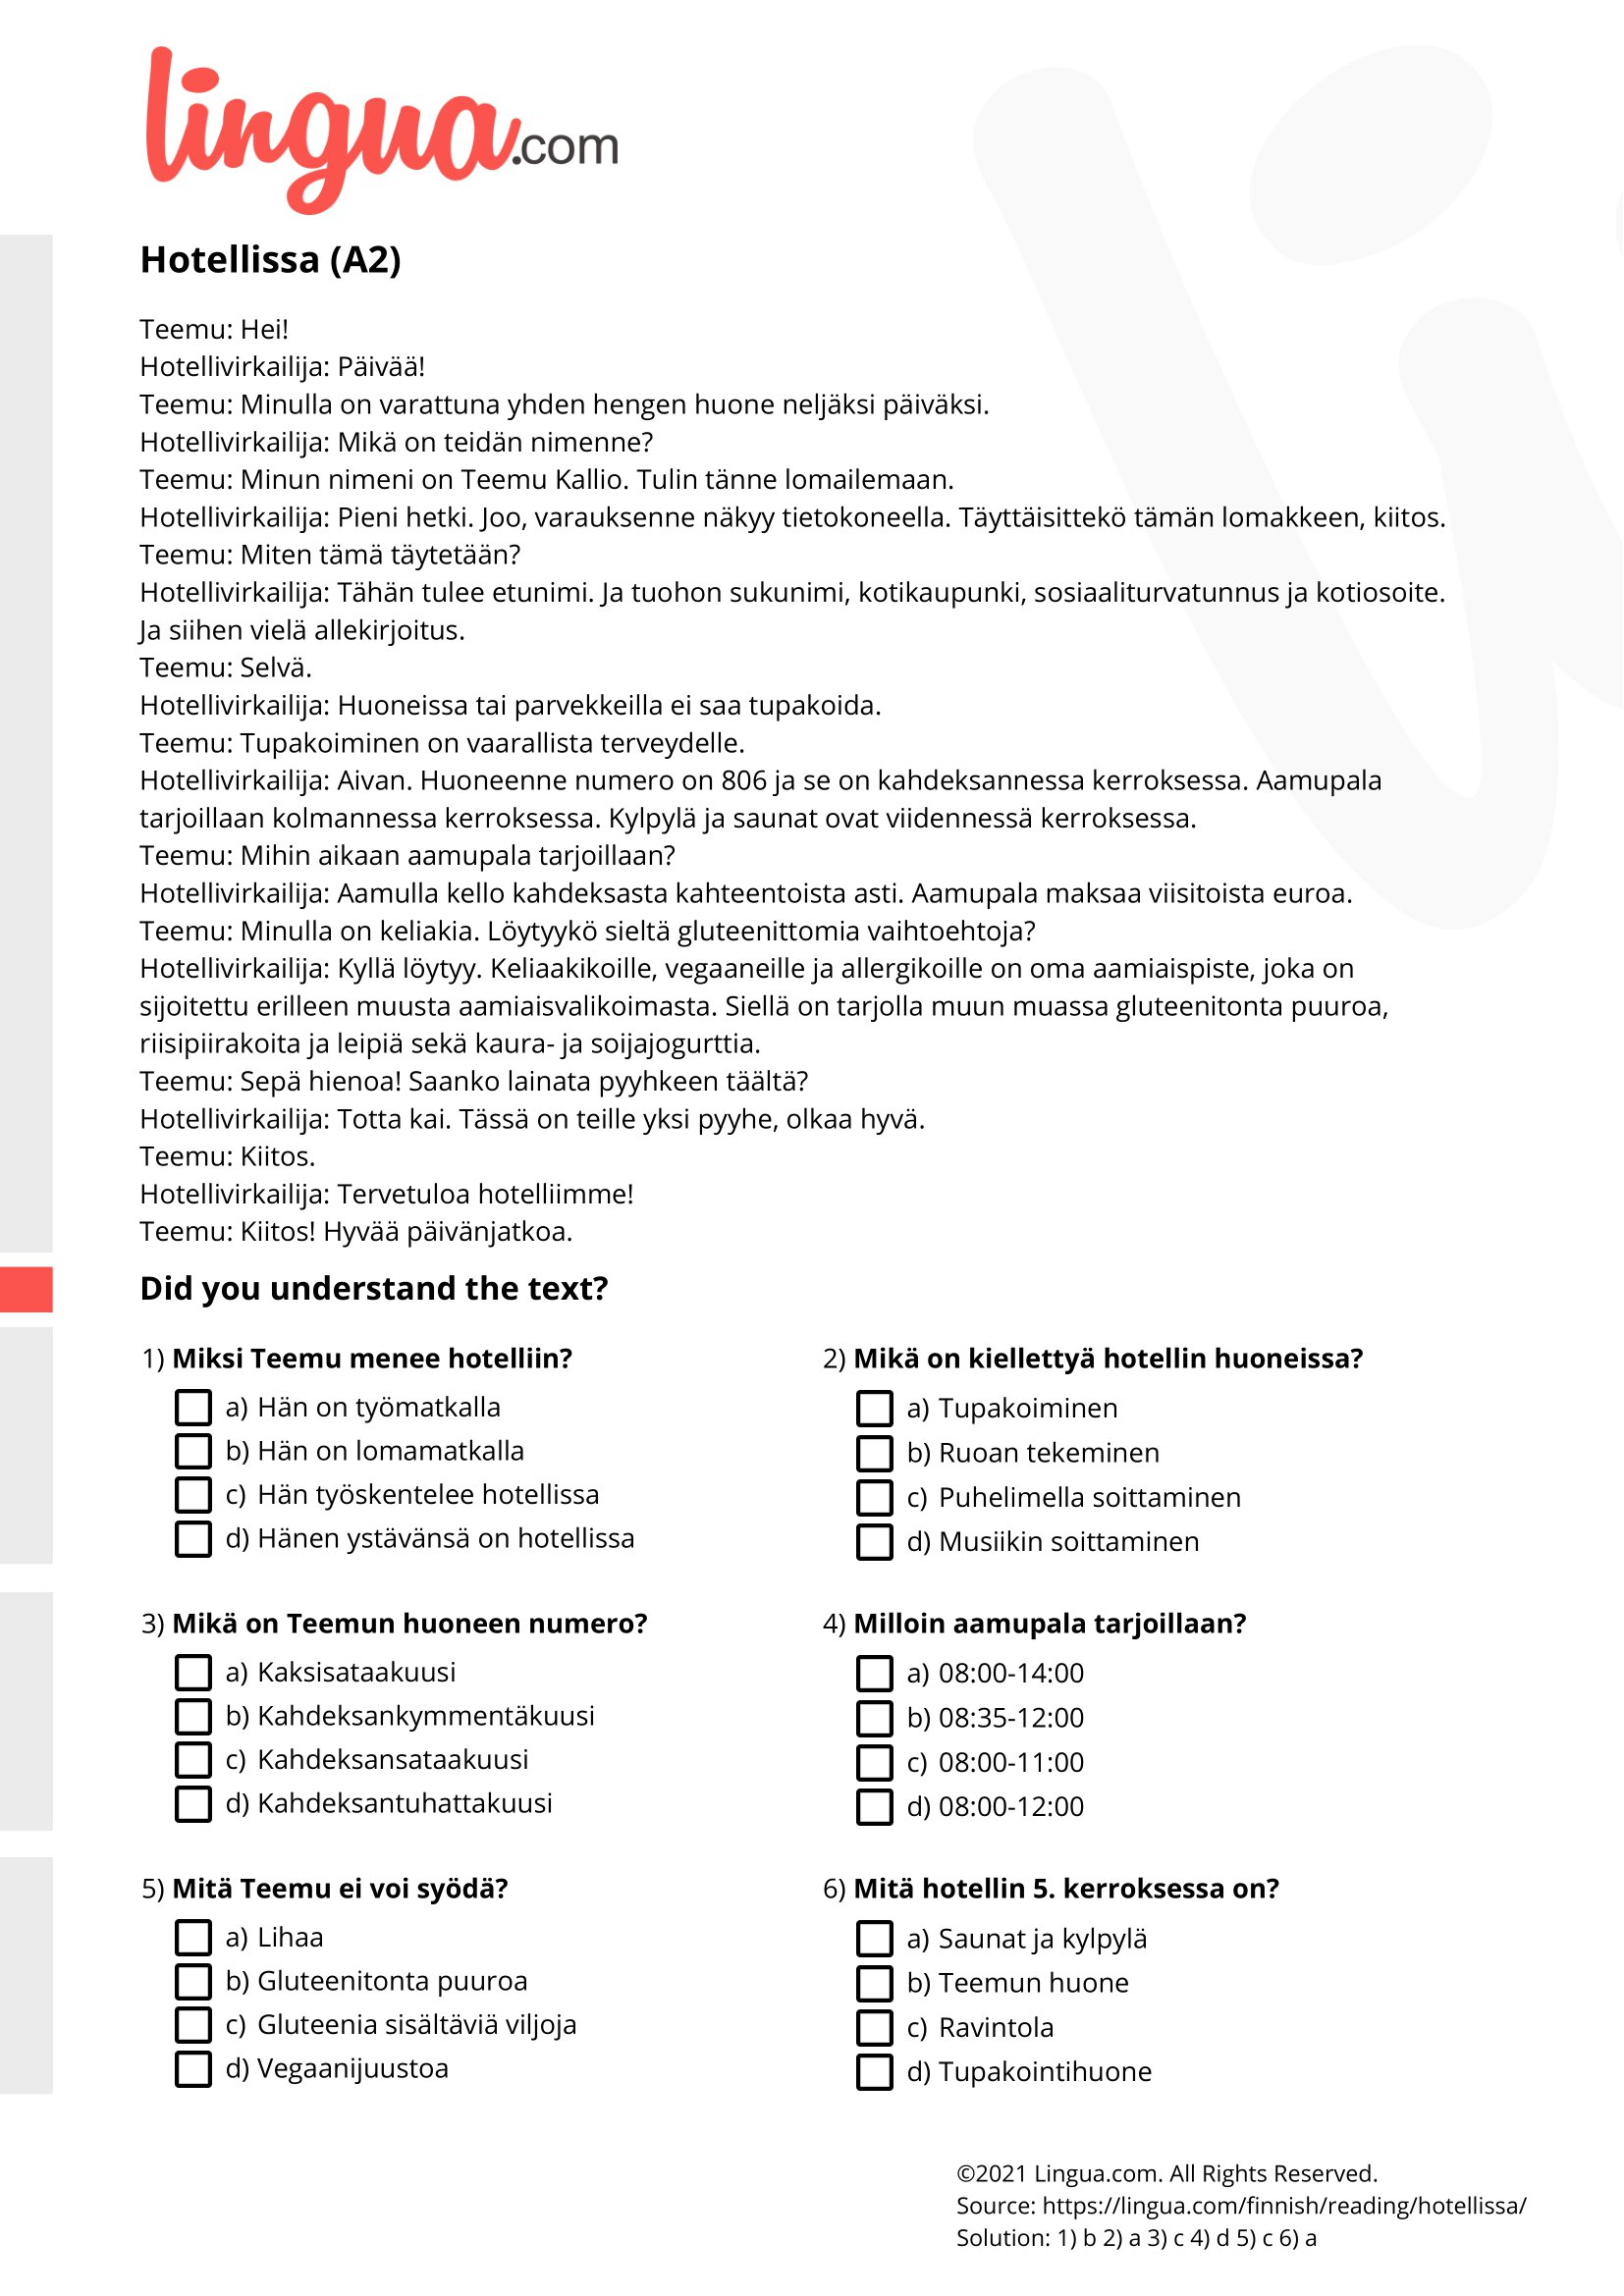
Language: fn